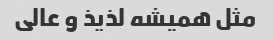
مثل همیشه لذیذ و عالی